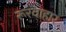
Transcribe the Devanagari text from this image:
रूरवाहार